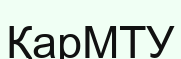
ҚарМТУ